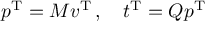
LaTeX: p ^ { \mathrm { T } } = M v ^ { \mathrm { T } } \, , \quad t ^ { \mathrm { T } } = Q p ^ { \mathrm { T } }